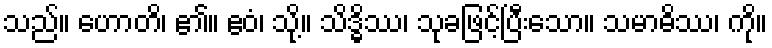
သည်။ ဟောတိ၊ ၏။ ဧဝံ၊ သို့။ သိဒ္ဓိဿ၊ သုခဖြင့်ပြီးသော။ သမာဓိဿ၊ ကို။